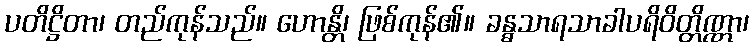
ပတိဋ္ဌိတာ၊ တည်ကုန်သည်။ ဟောန္တိ၊ ဖြစ်ကုန်၏။ ခန္ဓသာရသာခါပရိဝိတ္တိဏ္ဏာ၊